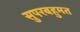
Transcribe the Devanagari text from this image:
सुपरबहुमत